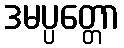
ဒမပ္ပတ္တော